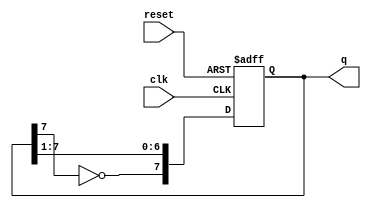
module johnson_counter (
    input wire clk,      // Clock input
    input wire reset,    // Asynchronous reset
    output reg [7:0] q   // 8-bit output representing the state of the counter
);

    // Always block to handle the counter behavior
    always @(posedge clk or posedge reset) begin
        if (reset) begin
            // Reset state: all flip-flops set to 0
            q <= 8'b00000000;
        end else begin
            // Johnson counter logic
            q <= {~q[7], q[7:1]}; // Shift right with inverted last bit fed into first bit
        end
    end

endmodule